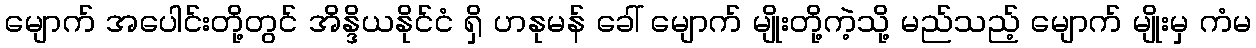
မျောက် အပေါင်းတို့တွင် အိန္ဒိယနိုင်ငံ ရှိ ဟနုမန် ခေါ် မျောက် မျိုးတို့ကဲ့သို့ မည်သည့် မျောက် မျိုးမှ ကံမ